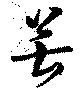
苦